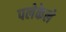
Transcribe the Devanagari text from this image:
पलेकेले